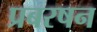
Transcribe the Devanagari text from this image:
प्रबरषन